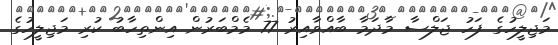
މަޖިލީހުގެ ފަހު ޖަލްސާ މާދަމާ ބާއްވާއިރު 77 މެމްބަރުން އިންތިހާބު ކުރި މަޖިލީހުގެ